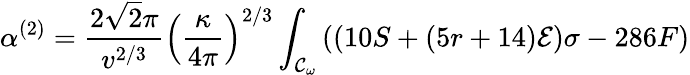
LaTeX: \alpha^{(2)}=\frac{2\sqrt{2}\pi}{v^{2/3}}\left(\frac{\kappa}{4\pi}\right)^{2/3}\int_{{\cal{C}}_{\omega}}{((10S+(5r+14){\cal{E}})\sigma-286F)}